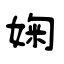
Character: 婅